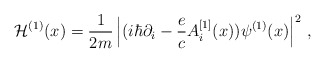
\begin{align*}{\cal H}^{(1)} (x)= {1 \over 2m} \left| (i \hbar \partial_i -{e\over c} A_i^{[1]}(x) )\psi^{(1)}(x) \right|^2\,,\end{align*}